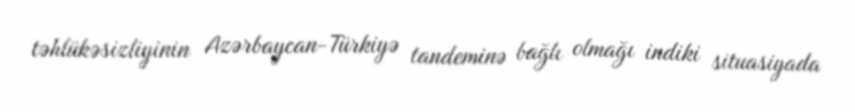
təhlükəsizliyinin Azərbaycan-Türkiyə tandeminə bağlı olmağı indiki situasiyada